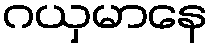
ဂယှမာနေ